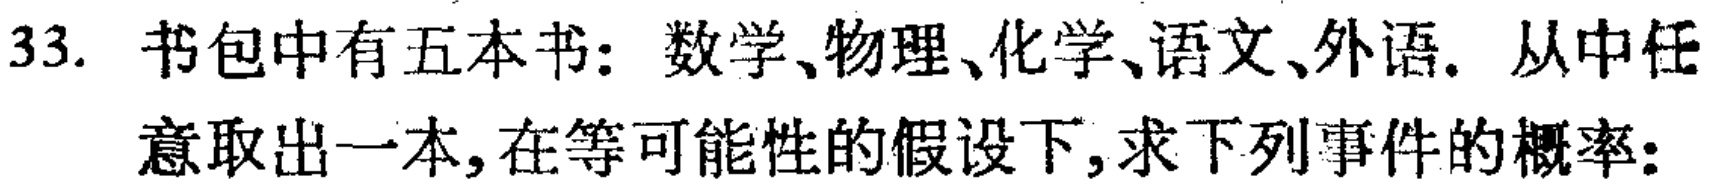
33. 书包中有五本书：数学、物理、化学、语文、外语. 从中任意取出一本, 在等可能性的假设下, 求下列事件的概率：